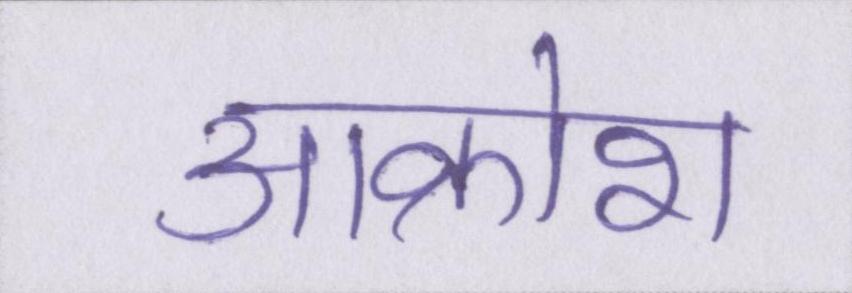
आक्रोश